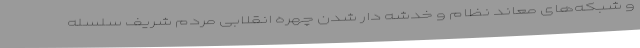
و شبکه‌های معاند نظام و خدشه دار شدن چهره انقلابی مردم شریف سلسله